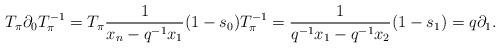
LaTeX: \begin{align*}T_\pi \partial_0 T^{-1}_\pi = T_\pi \frac{1}{x_n-q^{-1}x_1}(1-s_0)T^{-1}_\pi=\frac{1}{q^{-1}x_1-q^{-1}x_2}(1-s_1) = q\partial_1.\end{align*}